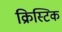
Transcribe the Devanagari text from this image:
क्रिस्टिक